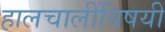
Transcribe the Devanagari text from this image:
हालचालींविषयी